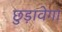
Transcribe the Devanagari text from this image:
छुड़ावेगा